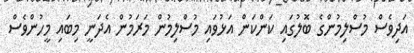
އަދިވެސް މުސްލިމުންގެ ބޮލުގައި ކަންކަން އަޅުވައި މުސްލިމުން މަރަމުން އެދަނީ މިބައި މީހުންވެސް